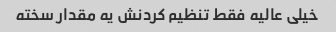
خیلی عالیه فقط تنظیم کردنش یه مقدار سخته